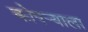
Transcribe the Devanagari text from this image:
कोपऱ्याला